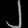
Digit: ၂